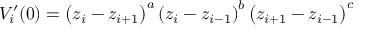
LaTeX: V _ { i } ^ { \prime } ( 0 ) = \left( z _ { i } - z _ { i + 1 } \right) ^ { a } \left( z _ { i } - z _ { i - 1 } \right) ^ { b } \left( z _ { i + 1 } - z _ { i - 1 } \right) ^ { c }